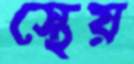
স্থেয়